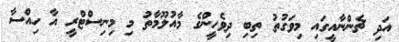
އަދި ޗެންނާއީގައި މިވަގުތު ތިބި ދިވެހީންގެ މާއުލޫމާތު މި މިނިސްޓްރީ އާ ހިއްސާ